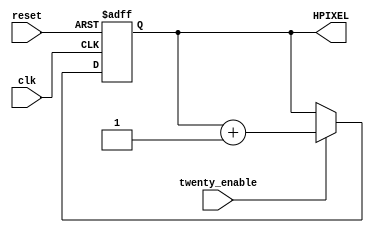
//Module for hpixel_counter.Hpixel increases when signal twenty_enable has came .
//Hpixel changes per 20 cycles
//Author Tselepi Eleni 

module hpixel_counter(clk,reset,twenty_enable,HPIXEL);

input clk,reset;
input twenty_enable;

output reg [6:0] HPIXEL; //7bit wire for the 128 horizontal position of the memory

always@(posedge clk or posedge reset)
begin

  if(reset)
  begin
    HPIXEL<='d0;
  end
  else if (twenty_enable)
  begin
    HPIXEL<=(HPIXEL=='d128)?'d0:HPIXEL+1;
  end
  else
  begin
    HPIXEL<=(HPIXEL=='d128)?'d0:HPIXEL;
  end

end



endmodule